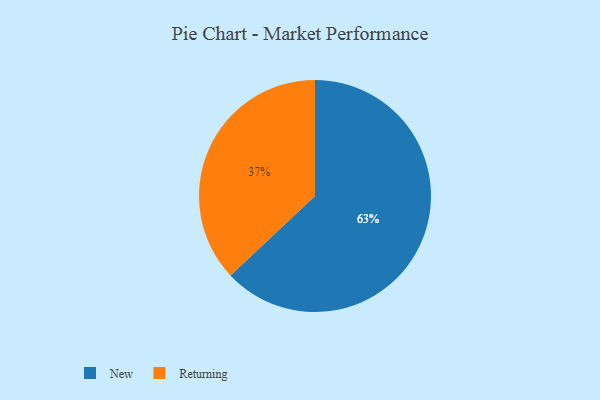
{"axis": {"x": "Category", "y": "Percentage"}, "legend": ["New", "Returning"], "data": [{"x": "Returning", "y": 37, "type": "Returning"}, {"x": "New", "y": 63, "type": "New"}]}